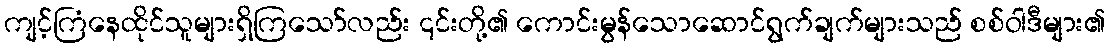
ကျင့်ကြံနေထိုင်သူများရှိကြသော်လည်း ၎င်းတို့၏ ကောင်းမွန်သောဆောင်ရွက်ချက်များသည် စစ်ဝါဒီများ၏